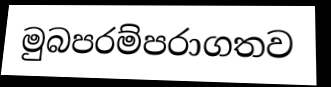
මුබපරම්පරාගතව